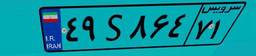
۱۱S۴۷۶۰۳